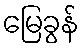
မြေခွန်